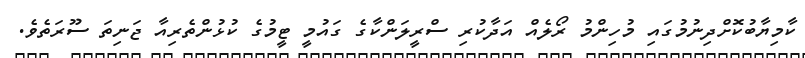
ކާމިޔާބުކޮށްދިނުމުގައި މުހިންމު ރޯލެއް އަދާކުރި ސްރީލަންކާގެ ގައުމީ ޓީމުގެ ކުޅުންތެރިއާ ޖަނިތަ ސޫރަތެވެ.